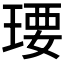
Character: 𤧄